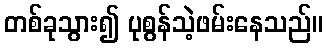
တစ်ခုသွား၍ ပုစွန်သဲ့ဖမ်းနေသည်။